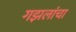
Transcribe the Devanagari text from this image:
गझलांचा